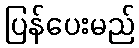
ပြန်ပေးမည်